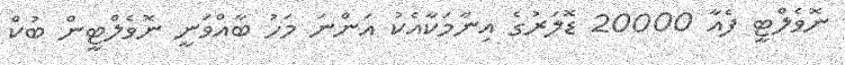
ނޮވެލްޓީ ފެއާ 20000 ޑޮލަރުގެ އިނާމަކާއެކު އަންނަ މަހު ބާއްވަނީ ނޮވެލްޓީން ބުކް